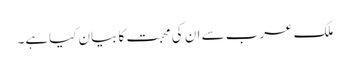
ملک عرب سے ان کی محبت کا بیان کیاہے۔